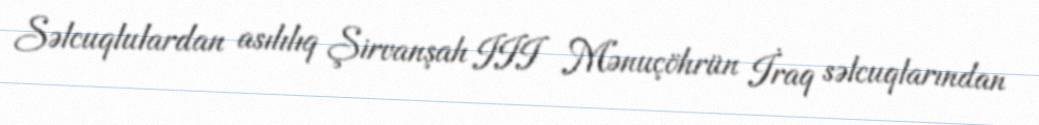
Səlcuqlulardan asılılıq Şirvanşah III Mənuçöhrün İraq səlcuqlarından